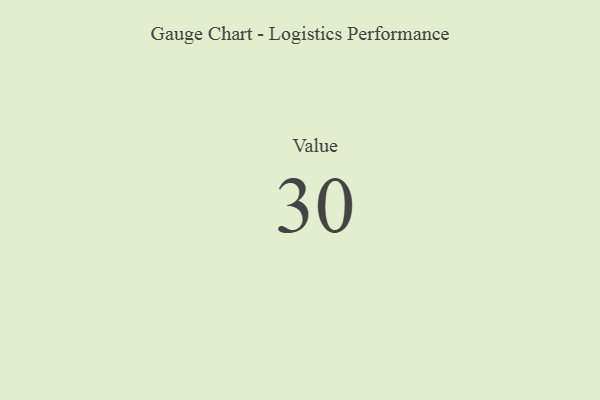
{"axis": {"x": "Metric", "y": "Value"}, "legend": [""], "data": [{"x": "Value", "y": 30, "type": ""}]}